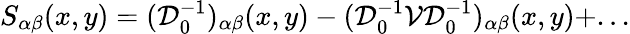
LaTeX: S_{\alpha\beta}(x,y)=({\mathcal D}_{0}^{-1})_{\alpha\beta}(x,y)-({\mathcal D}_{0}^{-1}{\mathcal V}{\mathcal D}_{0}^{-1})_{\alpha\beta}(x,y)+...